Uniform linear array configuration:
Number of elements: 8
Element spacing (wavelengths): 0.75
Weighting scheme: blackman
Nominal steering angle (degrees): -15
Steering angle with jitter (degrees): -14.957
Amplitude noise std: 0.05
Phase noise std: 0.05

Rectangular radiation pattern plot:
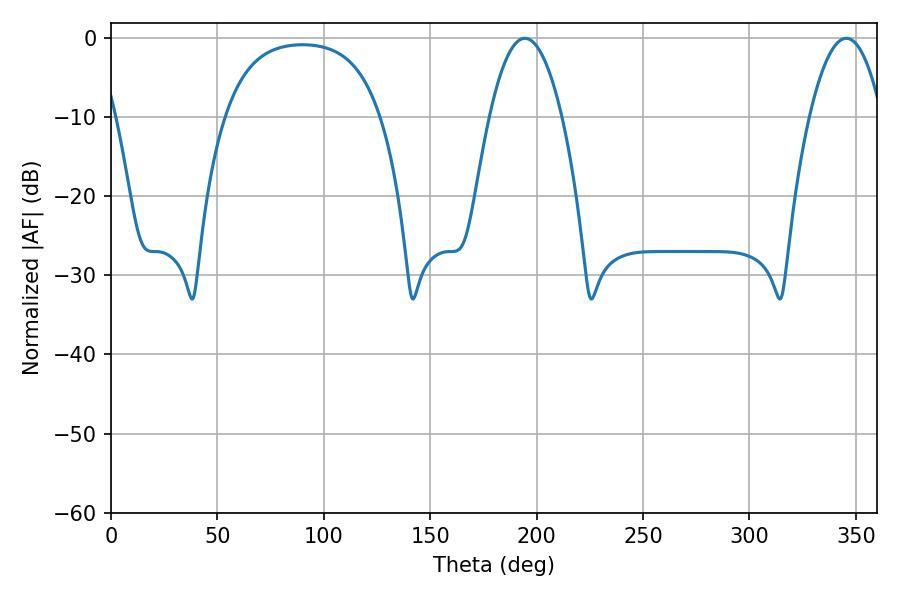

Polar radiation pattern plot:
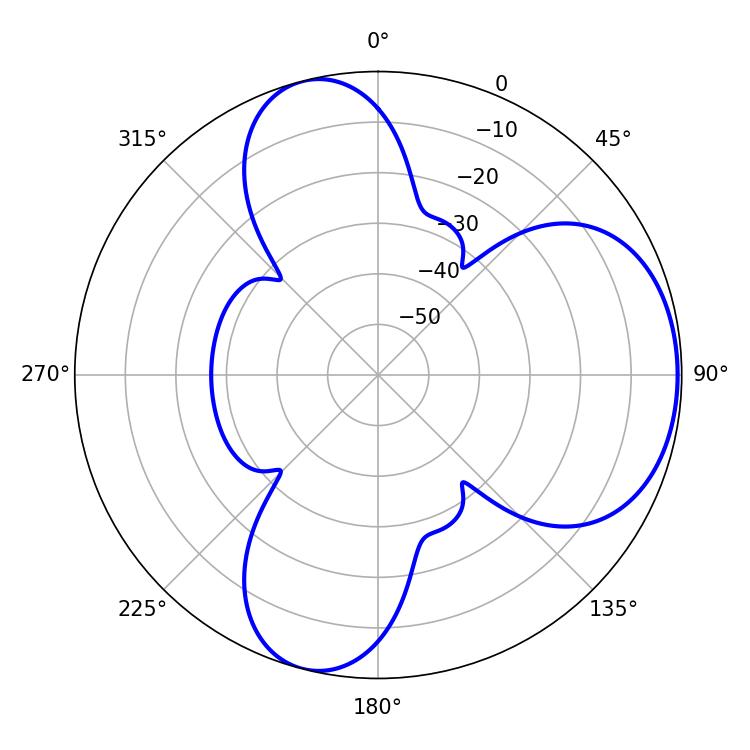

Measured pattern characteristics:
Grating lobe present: TRUE
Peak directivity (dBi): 5.947
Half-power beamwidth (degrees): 18.72
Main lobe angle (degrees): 194.4